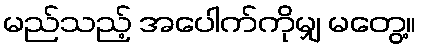
မည်သည့် အပေါက်ကိုမျှ မတွေ့။